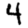
Digit: 4